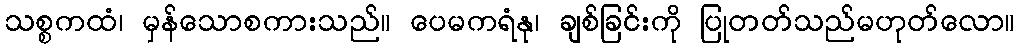
သစ္စကထံ၊ မှန်သောစကားသည်။ ပေမကရံနု၊ ချစ်ခြင်းကို ပြုတတ်သည်မဟုတ်လော။